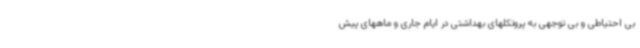
بی احتیاطی و بی توجهی به پروتکلهای بهداشتی در ایام جاری و ماههای پیش